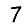
Digit: 7